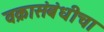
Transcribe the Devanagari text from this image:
वक्रासंबंधीचा